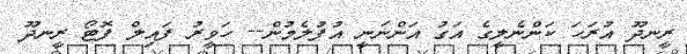
ރީނދޫ އުރަހަ ކަންނެލީގެ އަގު އަންނަނީ އުފުލެމުން-- ހަވީރު ފައިލް ފޮޓޯ ރީނދޫ